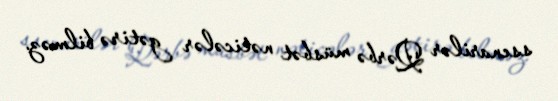
ssenarilər Qərbə müsbət nəticələr gətirə bilməz.